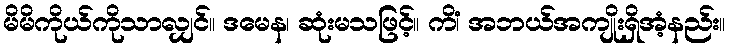
မိမိကိုယ်ကိုသာလျှင်။ ဒမေန၊ ဆုံးမသဖြင့်။ ကိံ၊ အဘယ်အကျိုးရှိအံ့နည်း။